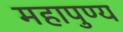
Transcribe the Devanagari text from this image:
महापुण्य